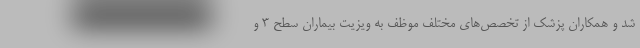
شد و همکاران پزشک از تخصص‌های مختلف موظف به ویزیت بیماران سطح ۳ و